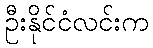
ဦးနိုင်ငံလင်းက